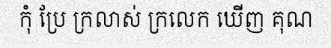
កុំ ប្រែ ក្រលាស់ ក្រលេក ឃើញ គុណ